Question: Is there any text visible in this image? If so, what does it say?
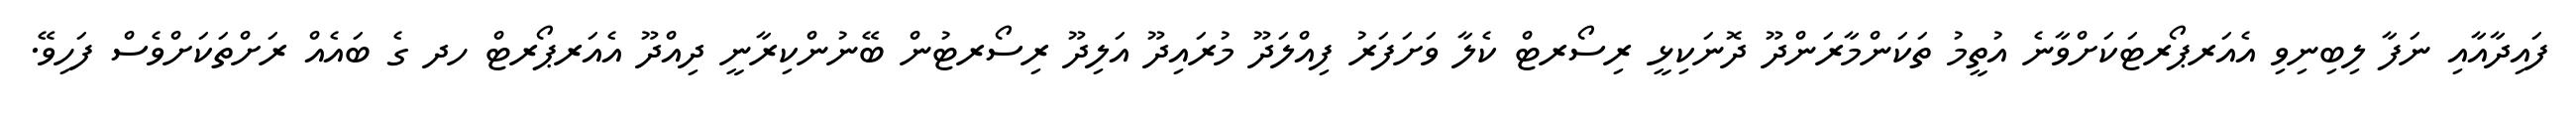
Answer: ފައިދާއާއި ނަފާ ލިބިނިވި އެއަރޕޯރޓަކަށްވާނެ އުތީމު ތަކަންމާރަންދޫ ދޮނަކިޅީ ރިސޯރޓް ކެލާ ވަށަފަރު ފިއްލަދޫ މުރައިދޫ އަލިދޫ ރިސޯރޓުން ބޭނުންކިރާނީ ދިއްދޫ އެއަރޕޯރޓް ހދ ގެ ބައެއް ރަށްތަކަށްވެސް ފަހިވޭ.